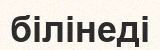
білінеді